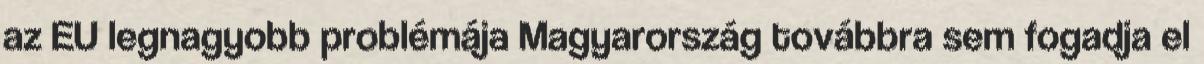
az EU legnagyobb problémája Magyarország továbbra sem fogadja el